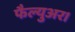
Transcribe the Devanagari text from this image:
फैल्युअर।